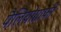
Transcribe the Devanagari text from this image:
पैलियोग्राफी